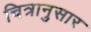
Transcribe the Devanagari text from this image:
चित्रानुसार